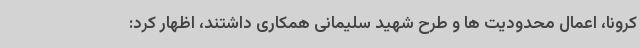
کرونا، اعمال محدودیت ها و طرح شهید سلیمانی همکاری داشتند، اظهار کرد: